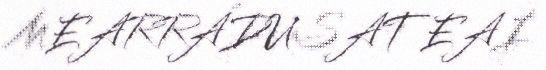
MEARRÁDUSAT EAI